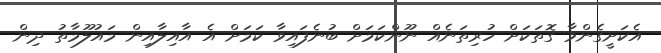
އެކަށީގެންވާ ގޮތަކަށް ހުރިތަނެއް ނޫންކަމަށް ބުނެފައިވާ ކަމަށް އެ އާއިލާއިން މައުލޫމާތު ދިން